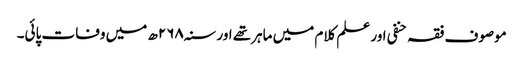
موصوف فقہ حنفی اور علم کلام میں ماہرتھے اور سنہ۲۶۸ھ میں وفات پائی۔